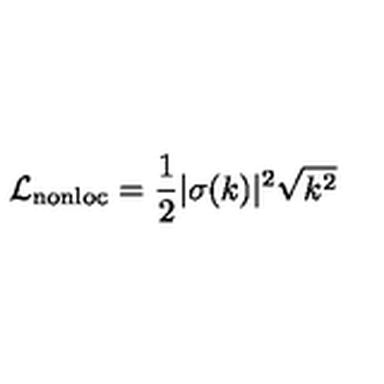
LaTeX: \mathcal { L } _ { \mathrm { n o n l o c } } = { \frac { 1 } { 2 } } | \sigma ( k ) | ^ { 2 } \sqrt { k ^ { 2 } }